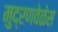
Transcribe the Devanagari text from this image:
मुद्रणवेळेस